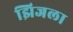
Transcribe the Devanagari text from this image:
झिजला